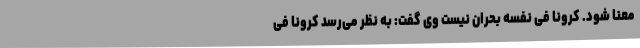
معنا شود. کرونا فی نفسه بحران نیست وی گفت: به نظر می‌رسد کرونا فی